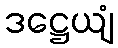
ဒဋ္ဌေယျံ